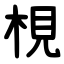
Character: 梘